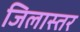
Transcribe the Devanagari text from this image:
जिलास्तर